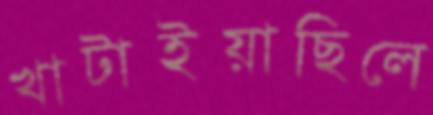
খাটাইয়াছিলে